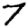
Digit: 7